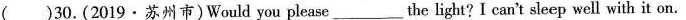
( )30.(2019·苏州市)Would you please___the light?I can't sleep well with it on.